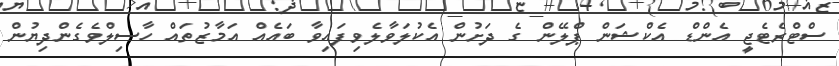
ސްޓްރެޓެޖީ އެންޑް އެކްޝަން ޕްލޭން ގެ ދަށުން އެކުލަވާލެވިފައިވާ ބައެއް އަމާޒުތައް ހާސިލްވެގެންދިޔުން